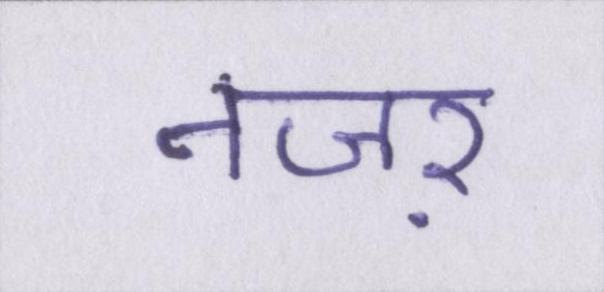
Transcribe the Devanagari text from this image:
नजऱ